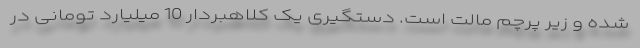
شده و زیر پرچم مالت است. دستگیری یک کلاهبردار 10 میلیارد تومانی در